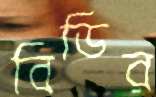
বিডির